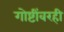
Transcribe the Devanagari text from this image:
गोष्टींवरही